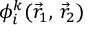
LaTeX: \phi _ { i } ^ { k } ( { \vec { r } } _ { 1 } , \, { \vec { r } } _ { 2 } )